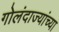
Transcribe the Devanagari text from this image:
गोलंदाज्यांच्या